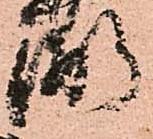
弼